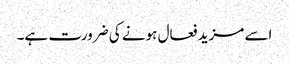
اسے مزید فعال ہونے کی ضرورت ہے۔